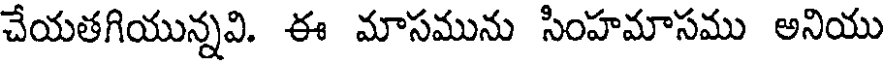
చేయతగియున్నవి. ఈ మాసమును సింహమాసము అనియు